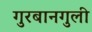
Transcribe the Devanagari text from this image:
गुरबानगुली